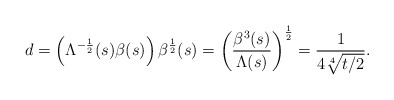
\begin{align*}d=\left( \Lambda^{-\frac{1}{2}}(s)\beta(s)\right) \beta^{\frac{1}{2}}(s)=\left( \frac{\beta^{3}(s)}{\Lambda(s)}\right) ^{\frac{1}{2}}=\frac{1}{4\sqrt[4]{t/2}}.\end{align*}